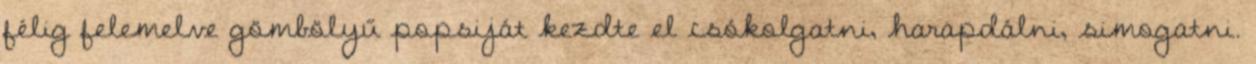
félig felemelve gömbölyű popsiját kezdte el csókolgatni, harapdálni, simogatni.